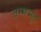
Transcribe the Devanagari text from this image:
जन्मभूत